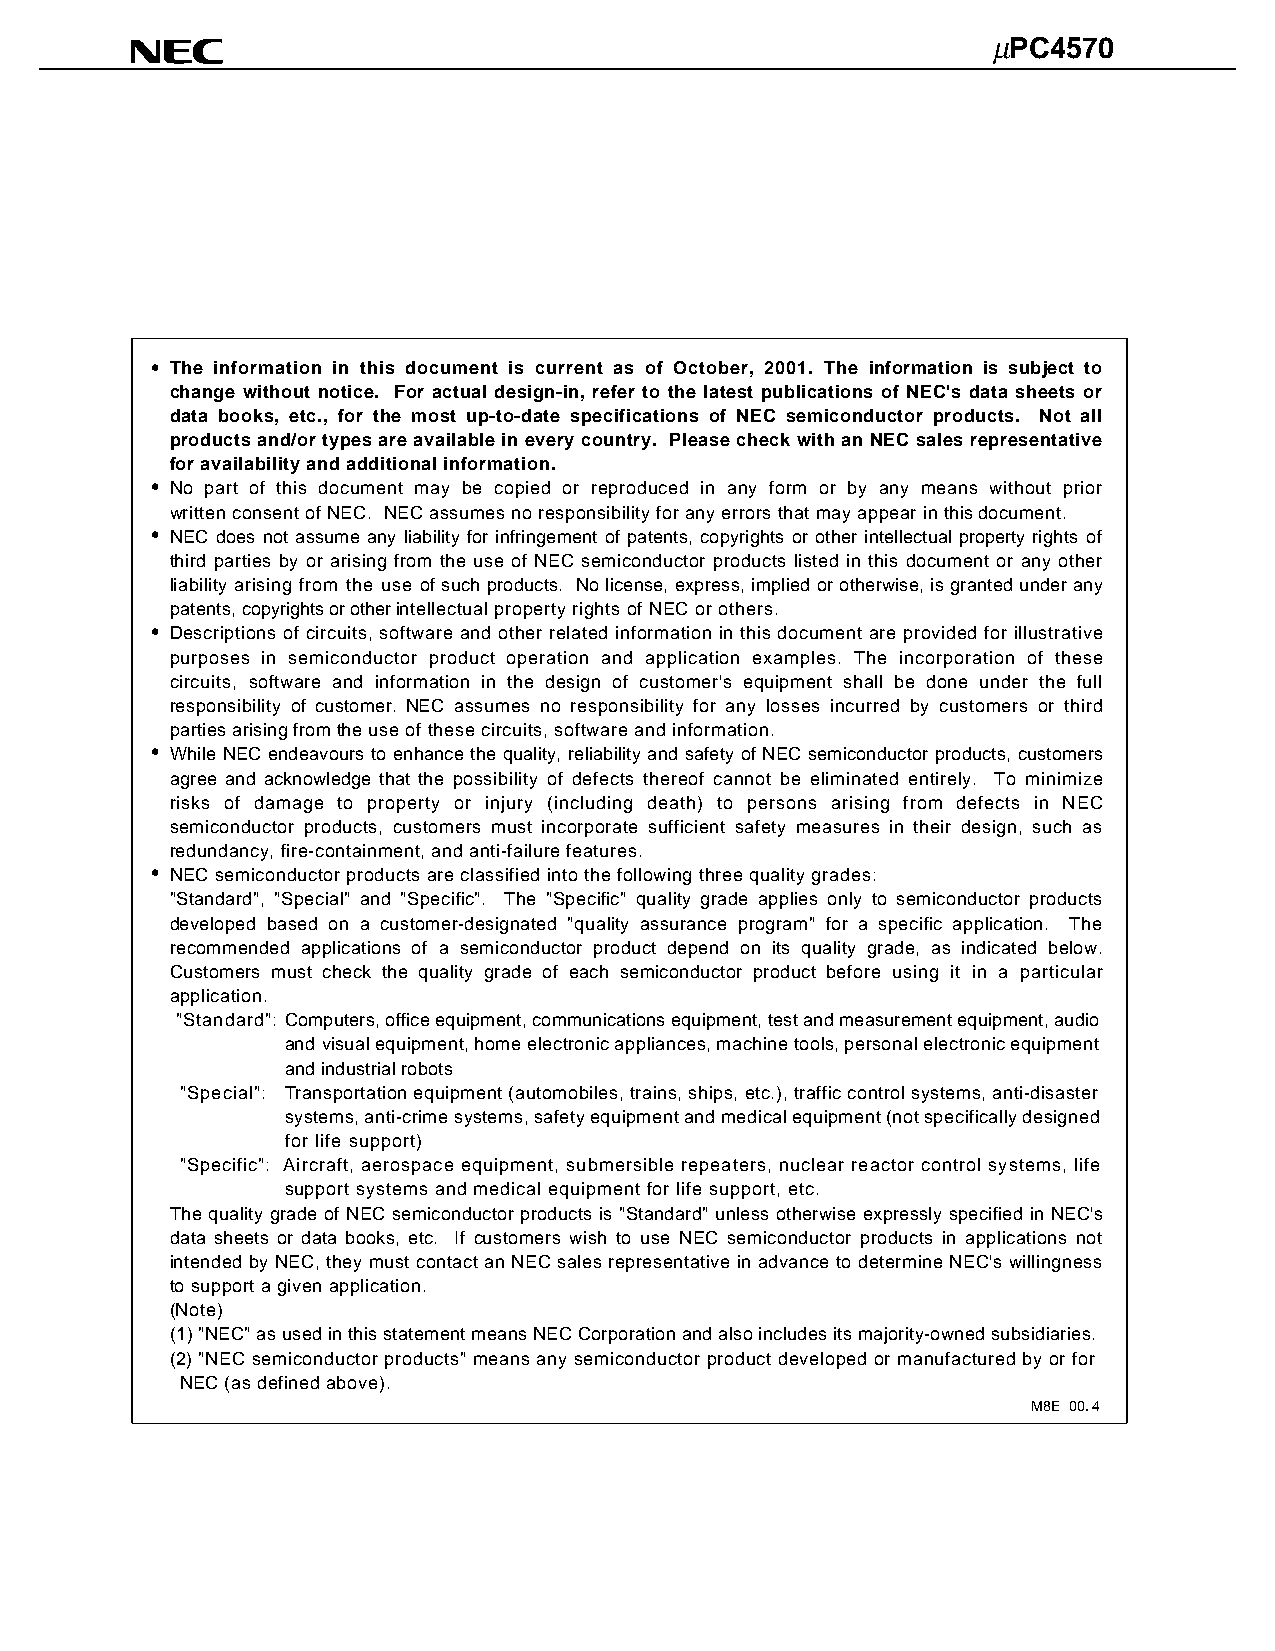
µµµµPC4570
 • The information in this document is current as of October, 2001. The information is subject to
 change without notice. For actual design-in, refer to the latest publications of NEC's data sheets or
 data books, etc., for the most up-to-date specifications of NEC semiconductor products. Not all
 products and/or types are available in every country. Please check with an NEC sales representative
 for availability and additional information.
 • No part of this document may be copied or reproduced in any form or by any means without prior
 written consent of NEC. NEC assumes no responsibility for any errors that may appear in this document.
 • NEC does not assume any liability for infringement of patents, copyrights or other intellectual property rights of
 third parties by or arising from the use of NEC semiconductor products listed in this document or any other
 liability arising from the use of such products. No license, express, implied or otherwise, is granted under any
 patents, copyrights or other intellectual property rights of NEC or others.
 • Descriptions of circuits, software and other related information in this document are provided for illustrative
 purposes in semiconductor product operation and application examples. The incorporation of these
 circuits, software and information in the design of customer's equipment shall be done under the full
 responsibility of customer. NEC assumes no responsibility for any losses incurred by customers or third
 parties arising from the use of these circuits, software and information.
 •
 While NEC endeavours to enhance the quality, reliability and safety of NEC semiconductor products, customers
 agree and acknowledge that the possibility of defects thereof cannot be eliminated entirely. To minimize
 risks of damage to property or injury (including death) to persons arising from defects in NEC
 semiconductor products, customers must incorporate sufficient safety measures in their design, such as
 redundancy, fire-containment, and anti-failure features.
 •
 NEC semiconductor products are classified into the following three quality grades:
 "Standard", "Special" and "Specific". The "Specific" quality grade applies only to semiconductor products
 developed based on a customer-designated "quality assurance program" for a specific application. The
 recommended applications of a semiconductor product depend on its quality grade, as indicated below.
 Customers must check the quality grade of each semiconductor product before using it in a particular
 application.
 "Standard": Computers, office equipment, communications equipment, test and measurement equipment, audio
 and visual equipment, home electronic appliances, machine tools, personal electronic equipment
 and industrial robots
 "Special": Transportation equipment (automobiles, trains, ships, etc.), traffic control systems, anti-disaster
 systems, anti-crime systems, safety equipment and medical equipment (not specifically designed
 for life support)
 "Specific": Aircraft, aerospace equipment, submersible repeaters, nuclear reactor control systems, life
 support systems and medical equipment for life support, etc.
 The quality grade of NEC semiconductor products is "Standard" unless otherwise expressly specified in NEC's
 data sheets or data books, etc. If customers wish to use NEC semiconductor products in applications not
 intended by NEC, they must contact an NEC sales representative in advance to determine NEC's willingness
 to support a given application.
 (Note)
 (1)"NEC" as used in this statement means NEC Corporation and also includes its majority-owned subsidiaries.
 (2)"NEC semiconductor products" means any semiconductor product developed or manufactured by or for
 NEC (as defined above).
 M8E 00. 4